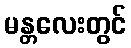
မန္တလေးတွင်